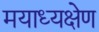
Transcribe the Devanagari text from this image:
मयाध्यक्षेण